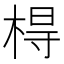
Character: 棏